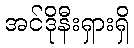
အင်ဒိုနီးရှားရှိ